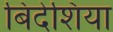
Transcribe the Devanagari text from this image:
बिदेशिया